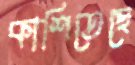
কাশিতেছে